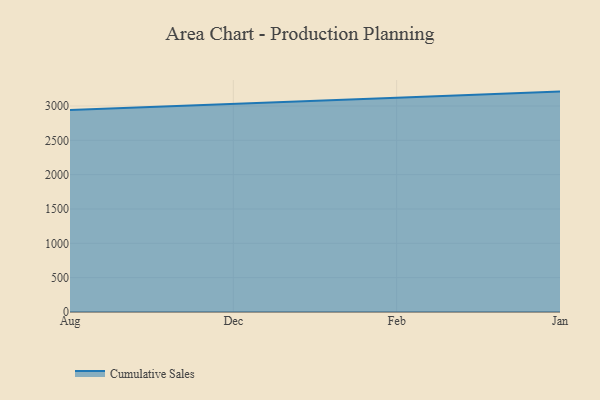
{"axis": {"x": "Month", "y": "Tickets Resolved"}, "legend": ["Cumulative Sales"], "data": [{"x": "Aug", "y": 2942.5, "type": "Cumulative Sales"}, {"x": "Dec", "y": 3027.5, "type": "Cumulative Sales"}, {"x": "Feb", "y": 3120.8, "type": "Cumulative Sales"}, {"x": "Jan", "y": 3209.6, "type": "Cumulative Sales"}]}